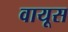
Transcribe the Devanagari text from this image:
वायूस